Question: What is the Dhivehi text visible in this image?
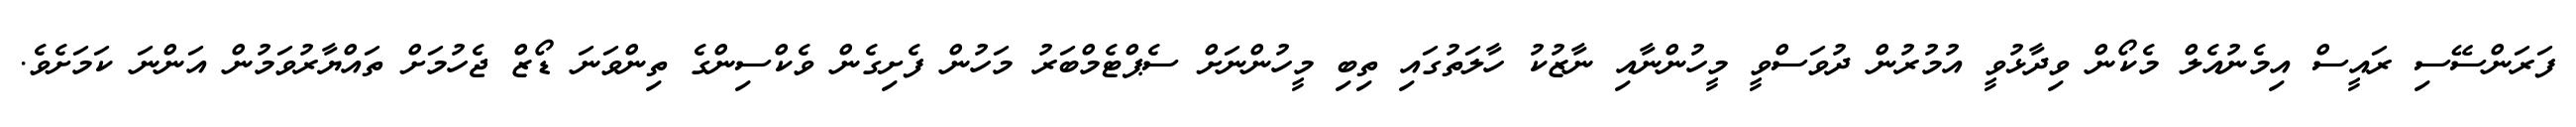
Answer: ފަރަންސޭސި ރައީސް އިމެނުއެލް މެކޯން ވިދާޅުވީ އުމުރުން ދުވަސްވީ މީހުންނާއި ނާޒުކު ހާލަތުގައި ތިބި މީހުންނަށް ސެޕްޓެމްބަރު މަހުން ފެށިގެން ވެކްސިންގެ ތިންވަނަ ޑޯޒް ޖެހުމަށް ތައްޔާރުވަމުން އަންނަ ކަމަށެވެ.